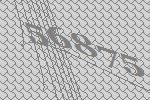
56875